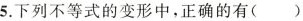
5.下列不等式的变形中，正确的有（）